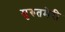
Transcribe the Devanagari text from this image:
मुरुतमेरी